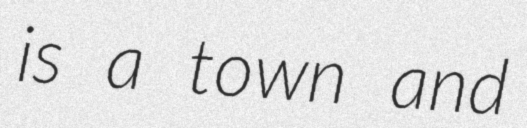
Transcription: is a town and